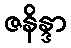
ဇနိန္ဒာ